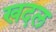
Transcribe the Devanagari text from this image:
खदल